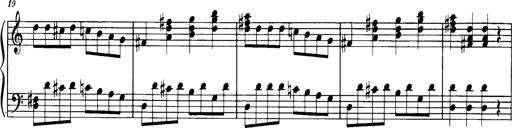
Title: Sonatine in C
Composer: Anton Eberl
Key: C major